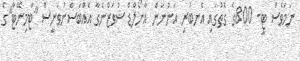
ނަމަވެސް ޓީ- 800ގެ ގޮތުގައި އެނބުރި އަންނަން އާނޯލްޑް ޝުވަޒްނެގާ އެއްބަސްނުވަނީސް "ޓާމިނޭޓާ"ގެ